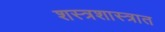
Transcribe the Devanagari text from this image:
शस्त्रशास्त्रात